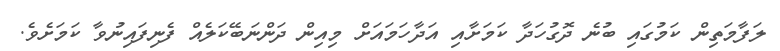
ލަފާމަތިން ކަމުގައި ބުނެ ދޮގުހަދާ ކަމަށާއި އަދާހަމައަށް މިއިން ދަންނަބޭކަލެއް ފެނިފައިނުވާ ކަމަށެވެ.